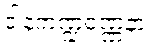
ဒါနကဏ္ဍဝဏ္ဏနာ